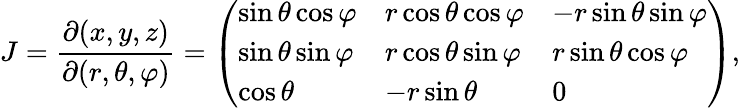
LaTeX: J={\frac{\partial(x,y,z)}{\partial(r,\theta,\varphi)}}={\left(\begin{array}{lll}{\sin\theta\cos\varphi}&{r\cos\theta\cos\varphi}&{-r\sin\theta\sin\varphi}\\ {\sin\theta\sin\varphi}&{r\cos\theta\sin\varphi}&{r\sin\theta\cos\varphi}\\ {\cos\theta}&{-r\sin\theta}&{0}\end{array}\right)},